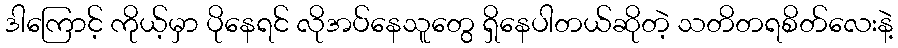
ဒါကြောင့် ကိုယ့်မှာ ပိုနေရင် လိုအပ်နေသူတွေ ရှိနေပါတယ်ဆိုတဲ့ သတိတရစိတ်လေးနဲ့